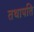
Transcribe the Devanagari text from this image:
तथापति